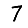
Digit: 7